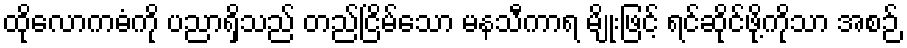
ထိုလောကဓံကို ပညာရှိသည် တည်ငြိမ်သော မနသီကာရ မျိုးဖြင့် ရင်ဆိုင်ဖို့ကိုသာ အစဉ်